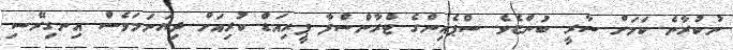
ނުކުރާނެ ކަމަށް ސާރީ ބުންޏެވެ. ސްޕެއިންގެ ޓްރާންސްފާ ޕީރިއަޑް ކުރިއަށް ދިޔަނަމަވެސް އިނގިރޭސި